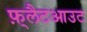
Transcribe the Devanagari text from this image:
फ़्लैटआउट